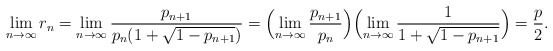
\begin{align*}\lim_{n\rightarrow \infty}r_n=\lim_{n\rightarrow \infty}\frac{p_{n+1}}{p_n(1+\sqrt{1-p_{n+1}})}=\Bigl(\lim_{n\rightarrow\infty}\frac{p_{n+1}}{p_n}\Bigr)\Bigl(\lim_{n\rightarrow\infty}\frac{1}{1+\sqrt{1-p_{n+1}}}\Bigr)=\frac{p}{2}.\end{align*}